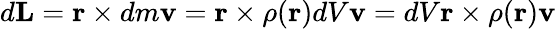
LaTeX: d\mathbf{L}=\mathbf{r}\times dm\mathbf{v}=\mathbf{r}\times\rho(\mathbf{r})dV\mathbf{v}=dV\mathbf{r}\times\rho(\mathbf{r})\mathbf{v}